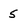
Character: 5